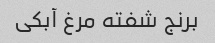
برنج شفته مرغ آبکی